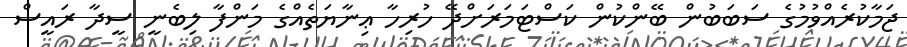
ޖަމާކުރެއްވުމުގެ ސަބަބުން ބޭންކުން ކަސްޓަމަރަށްދޭ ހުރިހާ ޢިނާޔަތެއްގެ މަންފާ ލިބެނީ ސީދާ ރައީސް